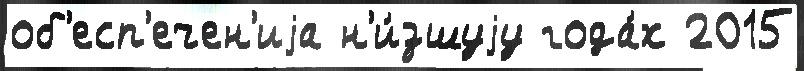
об'есп'ечен'иjа н'и́зшуjу года́х 2015